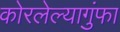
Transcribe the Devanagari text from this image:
कोरलेल्यागुंफा